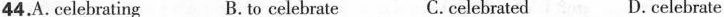
44.A. Celebrating B. to celebrate C.celebrated D.celebrate